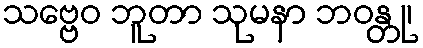
သဗ္ဗေဝ ဘူတာ သုမနာ ဘဝန္တု၊